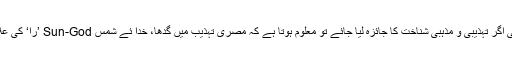
گدھے کی اگر تہذیبی و مذہبی شناخت کا جائزہ لیا جائے تو معلوم ہوتا ہے کہ مصری تہذیب میں گدھا، خدا ئے شمس Sun-God ’را‘ کی علامت تھا۔